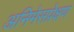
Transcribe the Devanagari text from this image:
अनिमेसप्रेक्षण